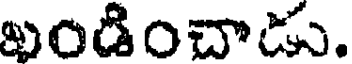
ఖండించాడు.